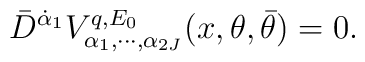
\bar D^{\dot\alpha_1}V^{q,E_0}_{\alpha_1 , \cdots , \alpha_{2J}}(x,\theta , \bar\theta )=0.